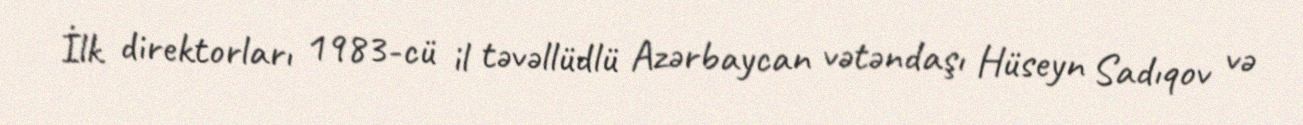
İlk direktorları 1983-cü il təvəllüdlü Azərbaycan vətəndaşı Hüseyn Sadıqov və